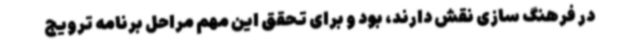
در فرهنگ سازی نقش دارند، بود و برای تحقق این مهم مراحل برنامه ترویج